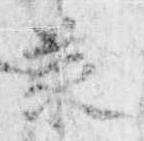
承